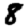
Digit: 8